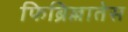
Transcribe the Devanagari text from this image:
फिब्रिल्लातेस